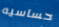
حساسيه